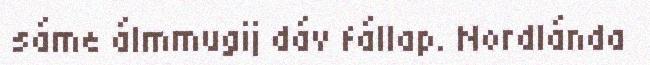
sáme álmmugij dáv fállap. Nordlánda